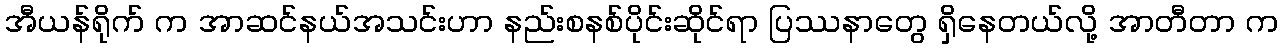
အီယန်ရိုက် က အာဆင်နယ်အသင်းဟာ နည်းစနစ်ပိုင်းဆိုင်ရာ ပြဿနာတွေ ရှိနေတယ်လို့ အာတီတာ က